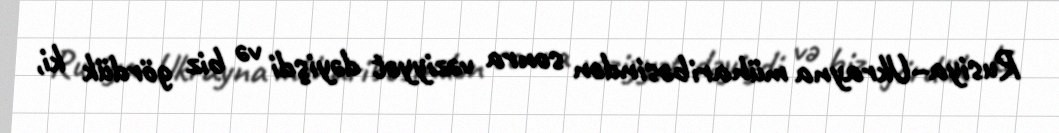
Rusiya–Ukrayna müharibəsindən sonra vəziyyət dəyişdi və biz gördük ki,